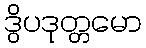
ဒွိပဒုတ္တမော